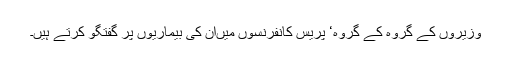
وزیروں کے گروہ کے گروہ‘ پریس کانفرنسوں میںان کی بیماریوں پر گفتگو کرتے ہیں۔